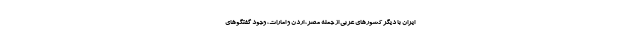
ایران با دیگر کشورهای عربی از جمله مصر، اردن و امارات، وجود گفتگوهای